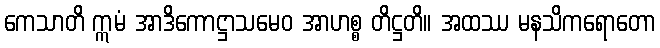
ကေသာတိ ဣမံ အာဒိကောဋ္ဌာသမေဝ အာဟစ္စ တိဋ္ဌတိ။ အထဿ မနသိကရောတော